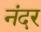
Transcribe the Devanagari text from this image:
नंदर